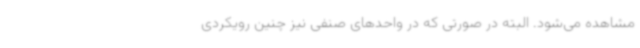
مشاهده می‌شود. البته در صورتی که در واحدهای صنفی نیز چنین رویکردی